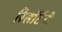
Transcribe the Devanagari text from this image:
रिसॉर्टही